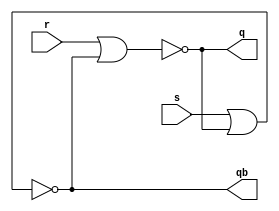
module sr_latch(s,r,q,qb);
	input s,r;
	output q,qb;

	nor l1(q,r,qb);
	nor l2(qb,s,q);

	endmodule